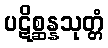
ပဋိစ္ဆန္နသုတ္တံ